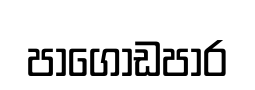
පාගොඩපාර